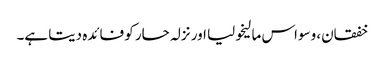
خفقان، وسواس مالیخولیا اور نزلہ حار کو فائدہ دیتا ہے۔